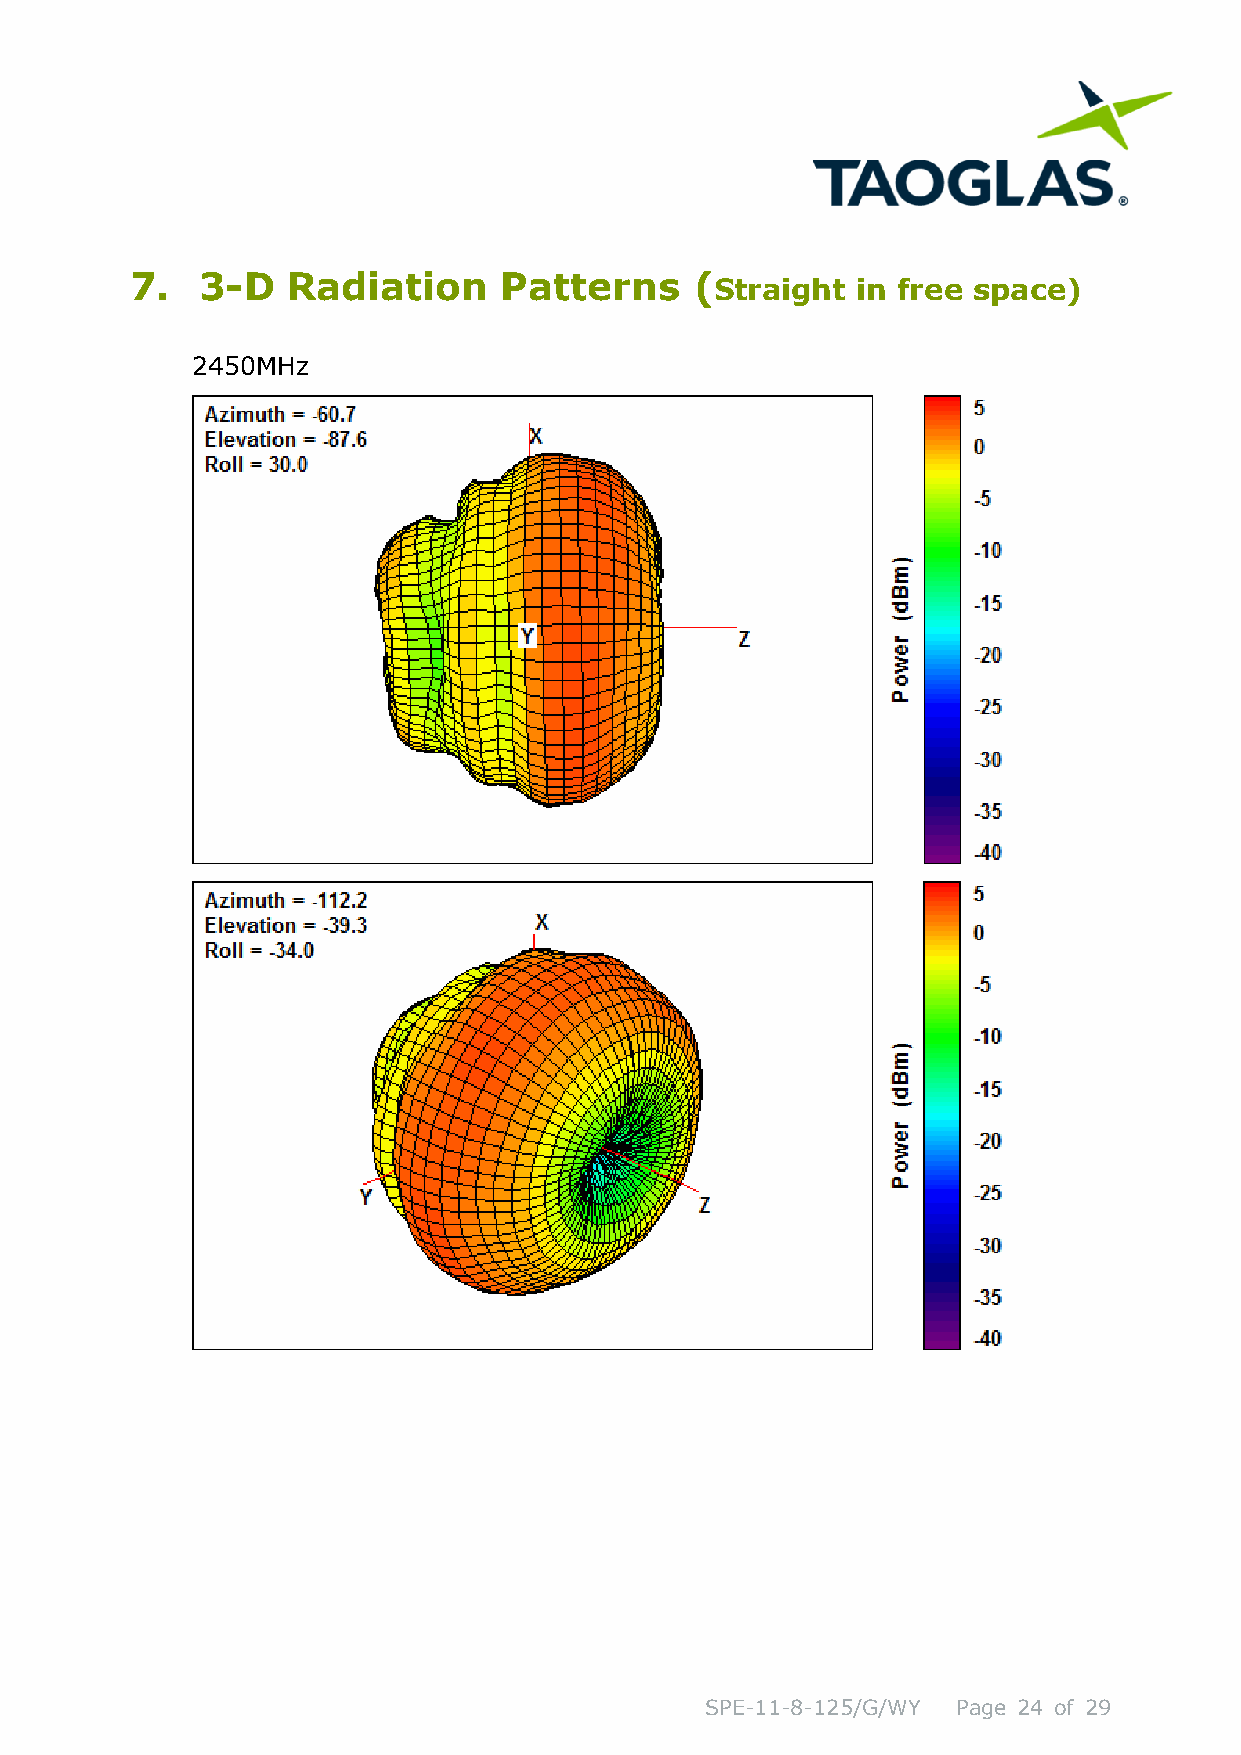
7.  3-D   Radiation     Patterns     (
 Straight  in free space)
 2450MHz
 SPE-11-8-125/G/WY Page 24 of 29